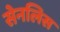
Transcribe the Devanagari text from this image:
सेनलिस